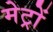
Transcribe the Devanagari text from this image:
मेट्रों